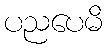
ပညပေမိ